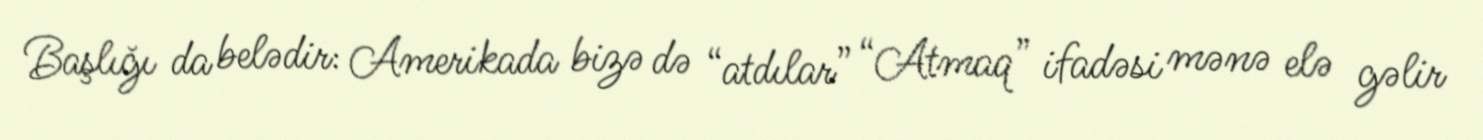
Başlığı da belədir: Amerikada bizə də “atdılar” “Atmaq” ifadəsi mənə elə gəlir